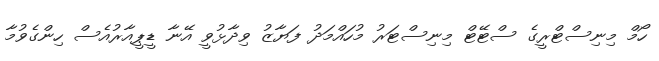
ހޯމް މިނިސްޓްރީގެ ސްޓޭޓް މިނިސްޓަރު މުހައްމަދު ފަޔާޒު ވިދާޅުވީ އޭނާ ޑީޕީއާރުއެސް ހިންގެވުމާ